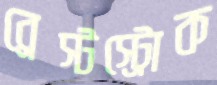
ব্রেস্টস্ট্রোক